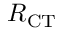
R _ { \mathrm { C T } }